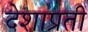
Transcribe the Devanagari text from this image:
देशाप्रती